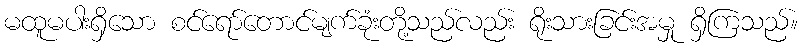
မထူမပါးရှိသော စင်ရော်တောင်မျက်ခုံးတို့သည်လည်း ရိုးသားခြင်းအမှု ရှိကြသည်။